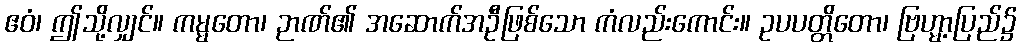
ဧဝံ၊ ဤသို့လျှင်။ ကမ္မတော၊ ဉာဏ်၏ အဆောက်အဦဖြစ်သော ကံလည်းကောင်း။ ဥပပတ္တိတော၊ ဗြဟ္မာ့ပြည်၌